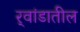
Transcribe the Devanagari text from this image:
र्‍वांडातील